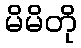
မိမိတို